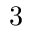
3